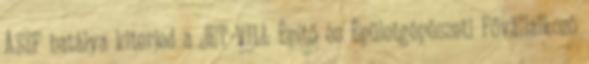
ÁSZF hatálya kiterjed a JET-VILL Építő és Épületgépészeti Fővállalkozó